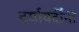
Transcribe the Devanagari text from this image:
दर्यावर्दींनी